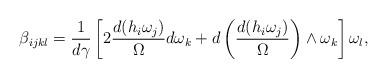
LaTeX: \begin{align*}\beta_{ijkl}=\frac{1}{d\gamma}\left[2\frac{d(h_i\omega_j)}{\Omega}d\omega_k+d\left(\frac{d(h_i\omega_j)}{\Omega}\right)\wedge \omega_k\right] \omega_l,\end{align*}